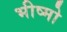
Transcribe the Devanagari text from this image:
भीष्मो